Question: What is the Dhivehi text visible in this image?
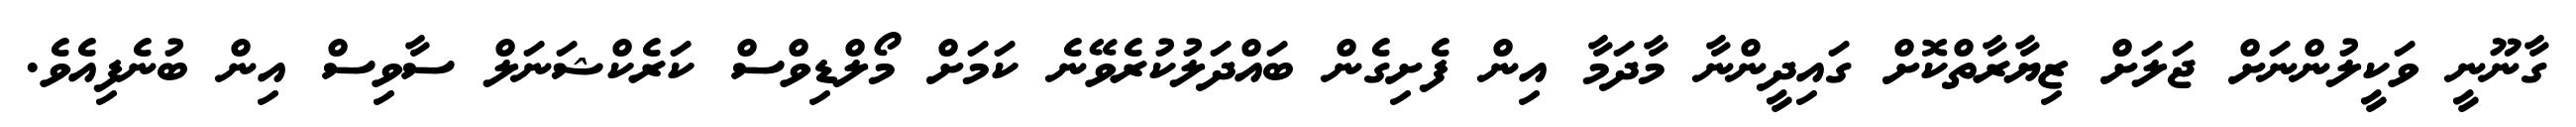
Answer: ގާނޫނީ ވަކީލުންނަށް ޖަލަށް ޒިޔާރާތްކޮށް ގައިދީންނާ މާދަމާ އިން ފެށިގެން ބައްދަލުކުރެވޭނެ ކަމަށް މޯލްޑިވްސް ކަރެކްޝަނަލް ސާވިސް އިން ބުނެފިއެވެ.